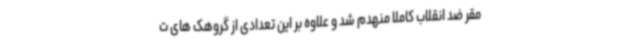
مقر ضد انقلاب کاملا منهدم شد و علاوه بر این تعدادی از گروهک های ت